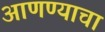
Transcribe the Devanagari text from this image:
अाणण्याचा